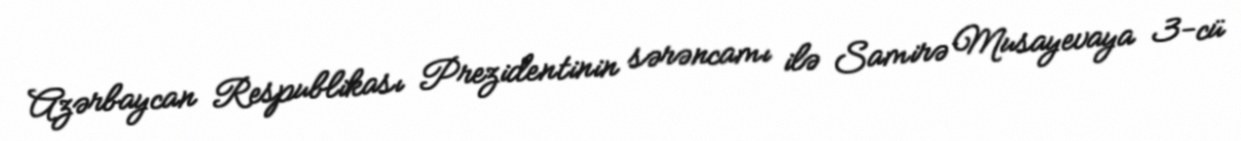
Azərbaycan Respublikası Prezidentinin sərəncamı ilə Samirə Musayevaya 3-cü